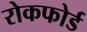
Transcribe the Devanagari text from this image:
रोकफोर्ड